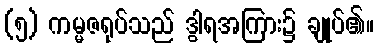
(၅) ကမ္မဇရုပ်သည် ဒွါရအကြား၌ ချုပ်၏။